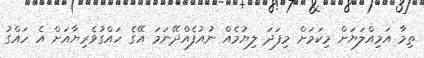
ތިމާ އަމިއްލަޔަށް މިކަމަށް މިފަދަ ލިޔުމެއް ނުއުފެއްދޭނަމަ އޭގެ ހައްގުވެރިޔާއަށް އެ ހައްގު